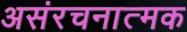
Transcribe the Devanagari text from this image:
असंरचनात्मक